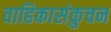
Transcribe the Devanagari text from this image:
वाहिकासंकुचन